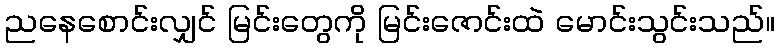
ညနေစောင်းလျှင် မြင်းတွေကို မြင်းဇောင်းထဲ မောင်းသွင်းသည်။